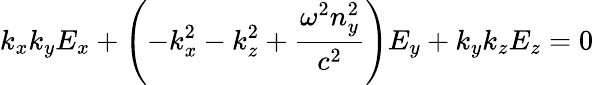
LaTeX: k_{x}k_{y}E_{x}+\left(-k_{x}^{2}-k_{z}^{2}+{\frac{\omega^{2}n_{y}^{2}}{c^{2}}}\right)E_{y}+k_{y}k_{z}E_{z}=0